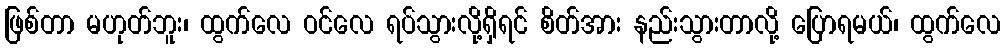
ဖြစ်တာ မဟုတ်ဘူး၊ ထွက်လေ ဝင်လေ ရပ်သွားလို့ရှိရင် စိတ်အား နည်းသွားတာလို့ ပြောရမယ်၊ ထွက်လေ